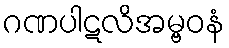
ဂဏပါဋလိအမ္ဗဝနံ